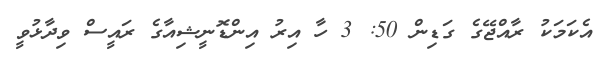
އެކަމަކު ރާއްޖޭގެ ގަޑިން 50: 3 ހާ އިރު އިންޑޮނީޝިއާގެ ރައީސް ވިދާޅުވީ